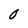
Character: O